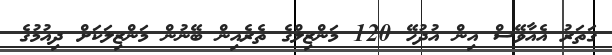
ގަތަރު އެއާވޭސް އިން އުދުހޭ 120 މަންޒިލްގެ ތެރެއިން ބޭނުން މަންޒިލަކަށް ދިއުމުގެ